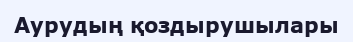
Аурудың қоздырушылары